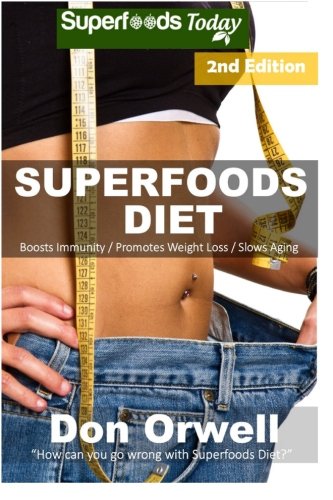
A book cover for Superfoods Diet: Weight Maintenance Diet, Gluten Free Diet, Wheat Free Diet, Heart Healthy Diet, Whole Foods Diet,Antioxidants & Phytochemicals, Low ... - weight loss meal plans) (Volume 39); Don Orwell; Health, Fitness & Dieting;